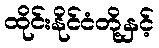
ထိုင်းနိုင်ငံတို့နှင့်